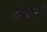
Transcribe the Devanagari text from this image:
फेफड़ोँ